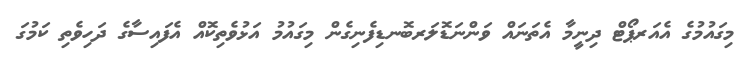
މިގައުމުގެ އެއަރޕޯޓް ދިނީމާ އެތަނައް ވަންނަޑޮލަރބޮނޑިފެނިގެން މިގައުމު އަޅުވެތިކޮއް އެފައިސާގެ ދަހިވެތި ކަމުގަ